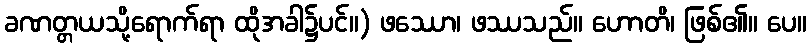
ခဏတ္တယသို့ရောက်ရာ ထိုအခါ၌ပင်။) ဖဿော၊ ဖဿသည်။ ဟောတိ၊ ဖြစ်၏။ ပေ။